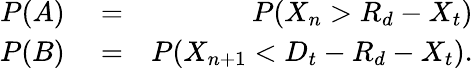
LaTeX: \begin{array}{rlr}{P(A)}&{{}=}&{P(X_{n}>R_{d}-X_{t})}\\ {P(B)}&{{}=}&{P(X_{n+1}<D_{t}-R_{d}-X_{t}).}\end{array}